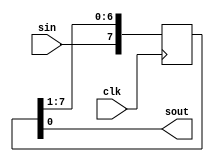

module SISO_8bit(
    input clk, sin,
    output sout
    );
    reg [7:0] shiftreg;
    always @ (posedge clk)
        begin
            //shiftreg<= {sin,shiftreg[7:1]};
            shiftreg<=shiftreg >> 1;
            shiftreg[7] <= sin;
        end
    assign sout = shiftreg[0];
endmodule